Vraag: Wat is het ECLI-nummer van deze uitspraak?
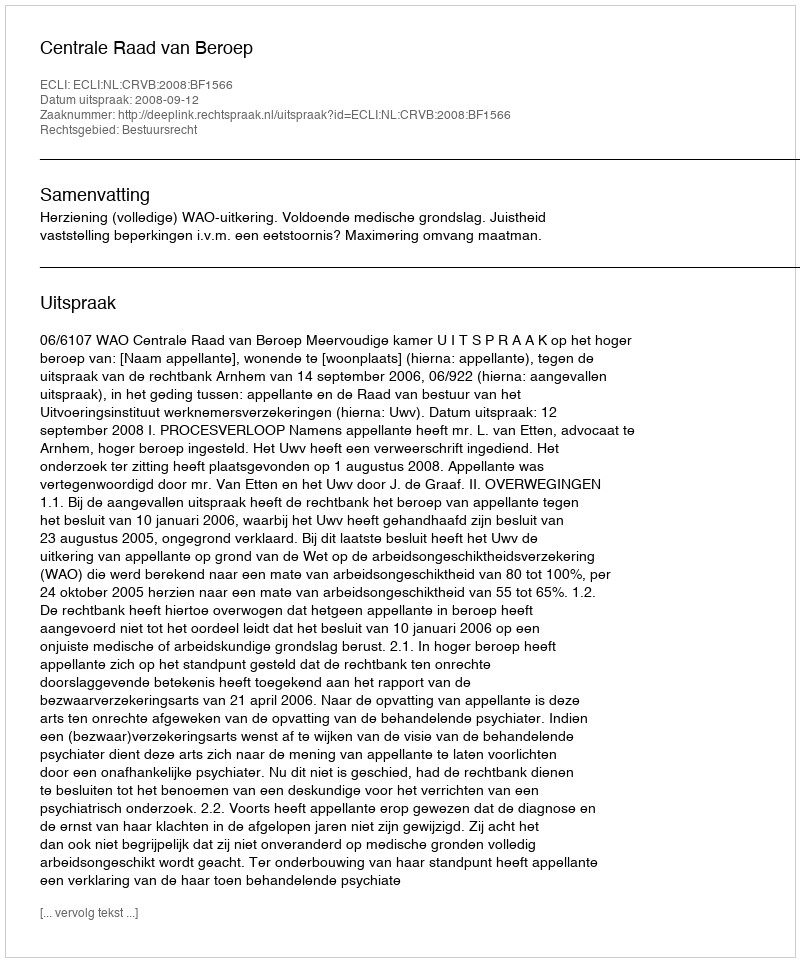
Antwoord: ECLI:NL:CRVB:2008:BF1566